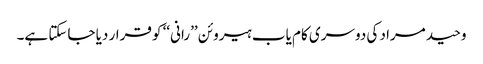
وحید مراد کی دوسری کام یاب ہیروئن ’’رانی‘‘ کو قرار دیا جاسکتا ہے۔